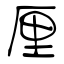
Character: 厘